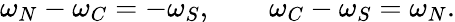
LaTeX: \omega_{N}-\omega_{C}=-\omega_{S},\qquad\omega_{C}-\omega_{S}=\omega_{N}.